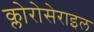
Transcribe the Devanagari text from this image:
क्लोरोसेराइल